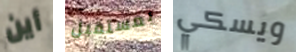
أين بمستقبل ويسكي